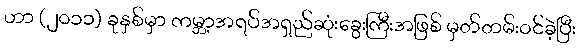
ဟာ (၂၀၁၁) ခုနှစ်မှာ ကမ္ဘာ့အရပ်အရှည်ဆုံးခွေးကြီးအဖြစ် မှတ်တမ်းဝင်ခဲ့ပြီး